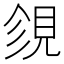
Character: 𧠝